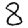
Digit: 8